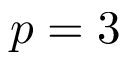
p = 3